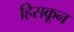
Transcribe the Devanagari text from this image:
हिसकून